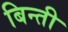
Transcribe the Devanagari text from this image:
बिन्ती